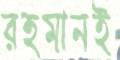
রহমানই